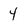
Character: 4